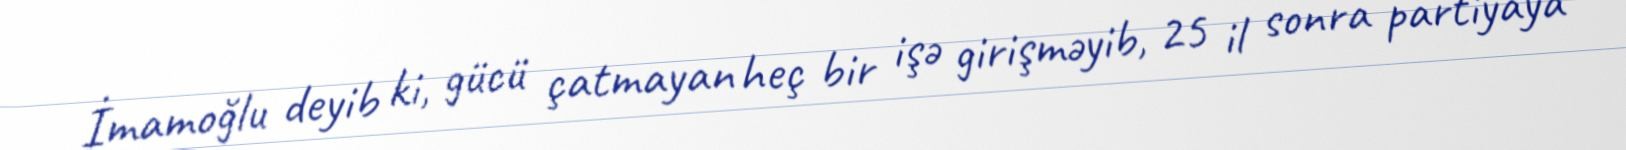
İmamoğlu deyib ki, gücü çatmayan heç bir işə girişməyib, 25 il sonra partiyaya